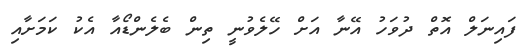
ފައިނަލް އޮތް ދުވަހު އޭނާ އަށް ހޭލެވުނީ ތިން ބެލެންޑޯއާ އެކު ކަމަށާއި